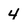
Character: 4